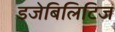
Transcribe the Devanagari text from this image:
डजेबिलिटिज